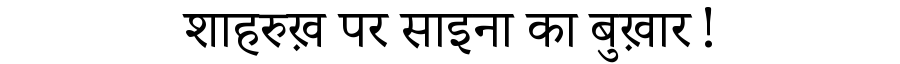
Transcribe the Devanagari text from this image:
शाहरुख़ पर साइना का बुख़ार!